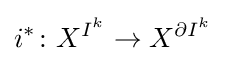
i^{*}\colon X^{I^{k}}\to X^{\partial I^{k}}